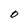
Character: O